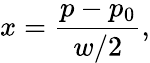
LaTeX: x={\frac{p-p_{0}}{w/2}},